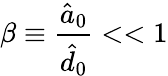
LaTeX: \beta\equiv\frac{\hat{a}_{0}}{\hat{d}_{0}}<<1